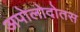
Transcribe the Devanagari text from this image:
अपोलोदोतस